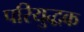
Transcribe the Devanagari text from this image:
परियुद्धक